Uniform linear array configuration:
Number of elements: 12
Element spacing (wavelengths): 0.5
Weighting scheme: exponential
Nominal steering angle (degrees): -60
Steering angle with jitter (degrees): -59.193
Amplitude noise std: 0.05
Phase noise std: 0.05

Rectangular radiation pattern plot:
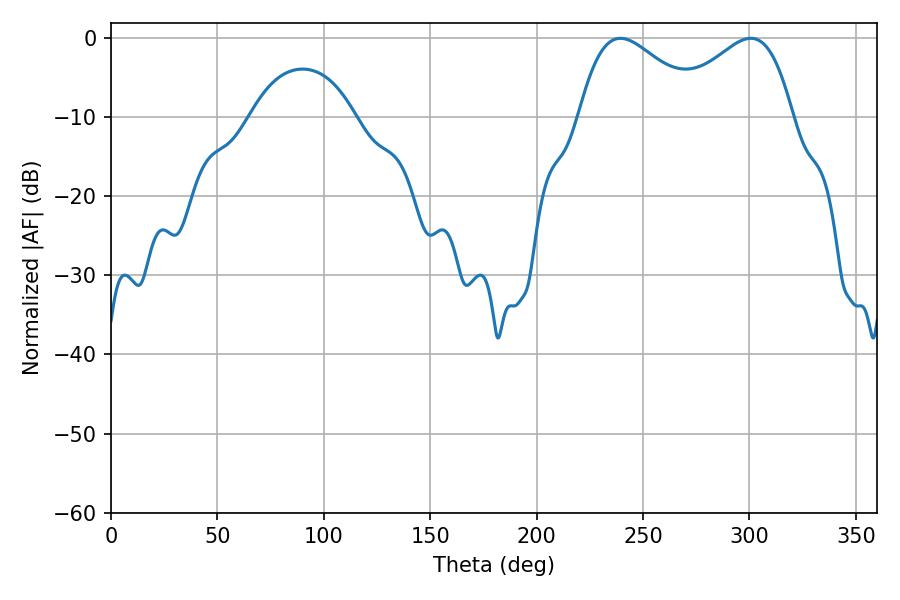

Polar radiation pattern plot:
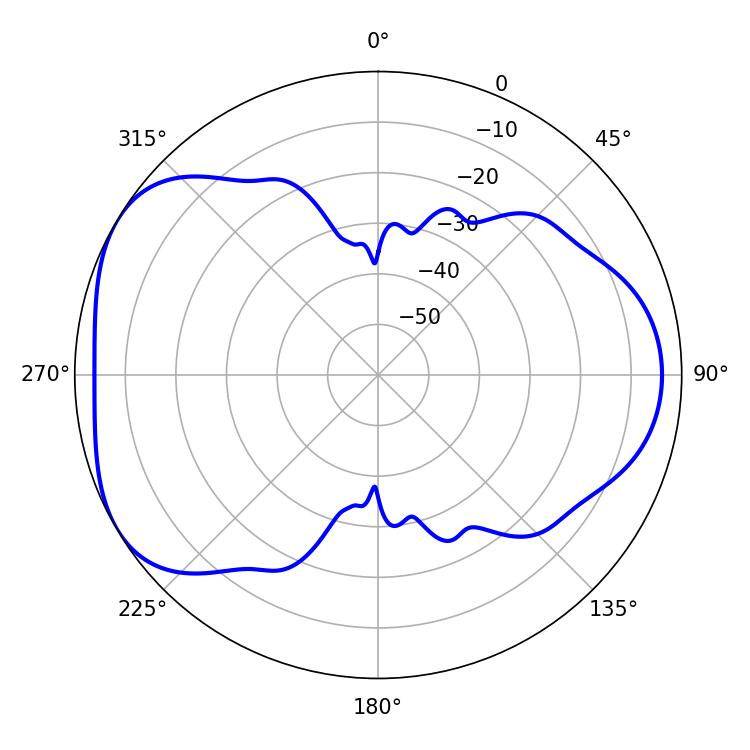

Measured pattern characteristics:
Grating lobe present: FALSE
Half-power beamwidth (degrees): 31.5
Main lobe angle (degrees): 239.4